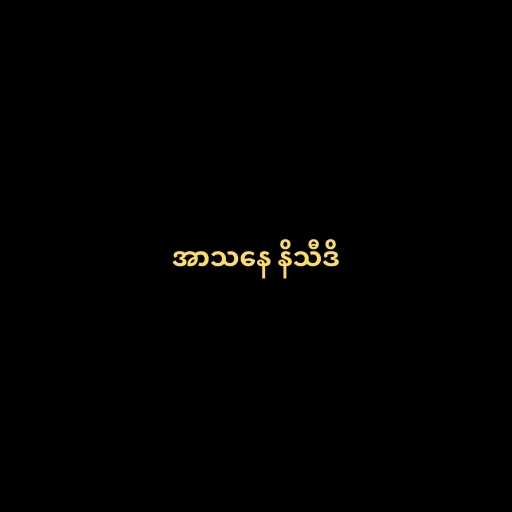
အာသနေ နိသီဒိ